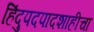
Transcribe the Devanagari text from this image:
हिंदुपदपादशाहीचा